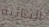
الثنائية